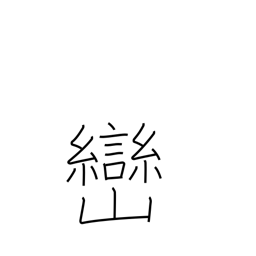
Meaning: small peak